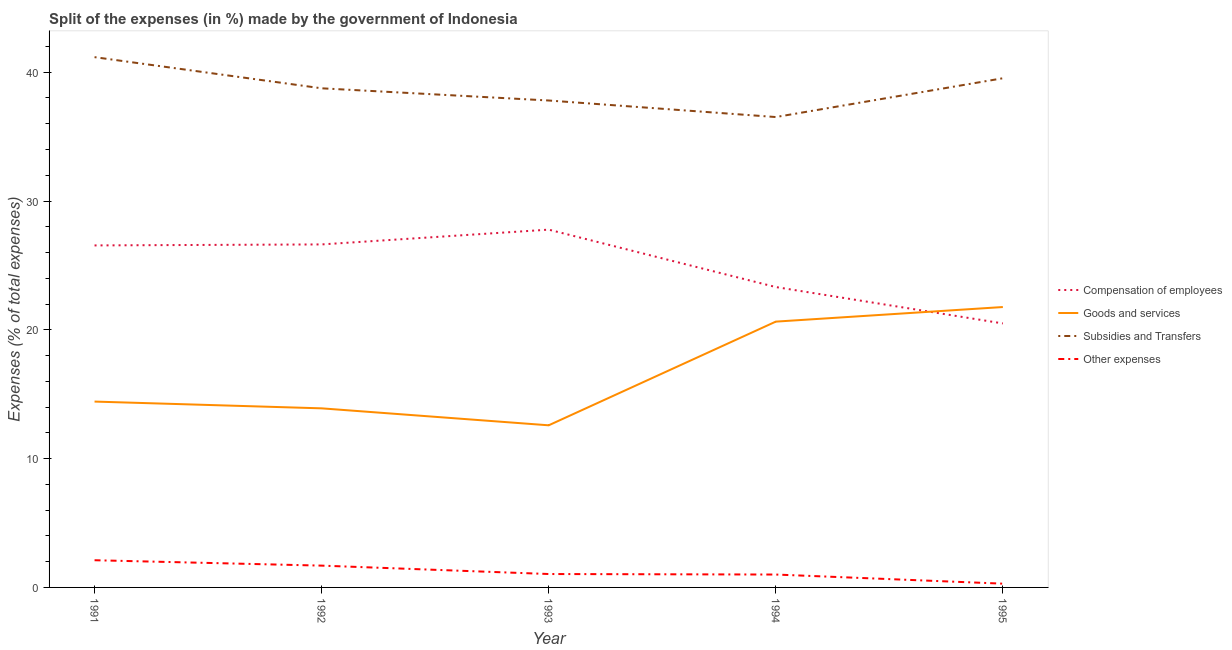
| Year | Compensation of employees | Goods and services | Subsidies and Transfers | Other expenses |
 | --- | --- | --- | --- | --- |
 | 1991 | 26.6 | 14.4 | 41.2 | 2.11 |
 | 1992 | 26.6 | 13.9 | 38.8 | 1.69 |
 | 1993 | 27.8 | 12.6 | 37.8 | 1.04 |
 | 1994 | 23.3 | 20.6 | 36.5 | 1 |
 | 1995 | 20.5 | 21.8 | 39.5 | 0.292 |